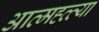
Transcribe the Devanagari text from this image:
आत्मह्त्त्या